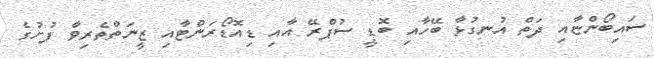
ސައިބޯންޏާއި ދަތް އުނގުޅާ ބޭހާއި ބޮޑީ ސުޕްރޭ އާއި ޑިއޮޑޯރަންޓާއި ޒީނަތްތެރިވާ ފުށުގެ